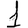
Digit: 1